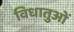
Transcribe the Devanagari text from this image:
विधातुओं